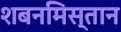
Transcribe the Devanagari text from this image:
शबनमिस्तान